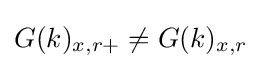
G(k)_{x,r+}\neq G(k)_{x,r}